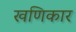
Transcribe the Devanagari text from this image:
खणिकार